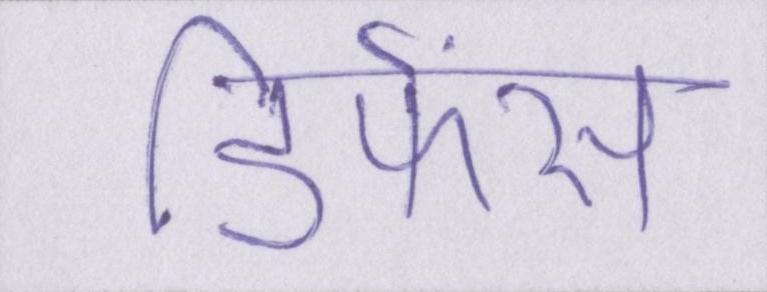
डिफेंस